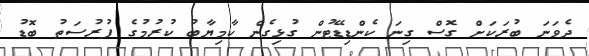
ދެވަނަ ބުރަކަށް ގޮސް ގިނަ ކެންޑިޑޭޓުން ގުޅިގެން ކާމިޔާބު ކުރުމުގެ ފުރުސަތު ބޮޑު